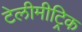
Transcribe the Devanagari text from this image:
टेलीमीट्रिक